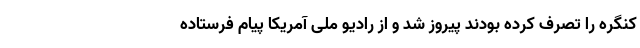
کنگره را تصرف کرده بودند پیروز شد و از رادیو ملی آمریکا پیام فرستاده